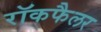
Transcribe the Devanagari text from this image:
रॉकफैलर